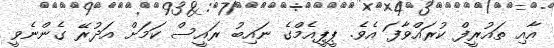
އާއި ތައުރީފް ކުރައްވާފަ އެވެ. ޕީޕީއެމްގެ ނައިބު ރައީސް ކަމަށް އަދުރޭ ގެންނެވީ